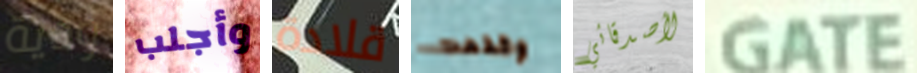
ودية وأجلب قلادة وقدمت لأصدقائي GATE